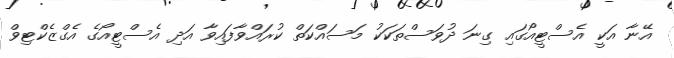
އޭނާ އަކީ އެސްޓީއޯގައި ގިނަ ދުވަސްތަކަކު މަސައްކަތް ކުރައްވާފައިވާ އަދި އެސްޓީއޯގެ އެގްޒެކްޓިވް